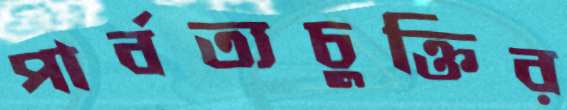
পার্বত্যচুক্তির